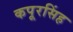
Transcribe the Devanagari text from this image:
कपूरसिंह